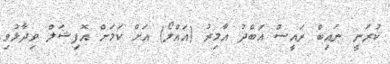
ކުރަނީ ނައިބް ރައީސް އަބްދު އާމިރު (އައްލޯ) އަށް ކަމަށް އޮފިޝަލް ވިދާޅުވި